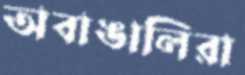
অবাঙালিরা